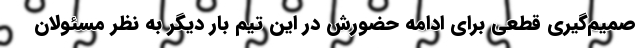
صمیم‌گیری قطعی برای ادامه حضورش در این تیم بار دیگر به نظر مسئولان